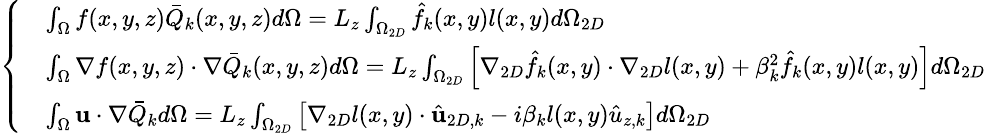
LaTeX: \small\left\{ \begin{array}{rl}&{\int_{\Omega}f(x,y,z)\bar{Q}_{k}(x,y,z)d\Omega=L_{z}\int_{\Omega_{2D}}\hat{f}_{k}(x,y)l(x,y)d\Omega_{2D}}\\ &{\int_{\Omega}\nabla f(x,y,z)\cdot\nabla\bar{Q}_{k}(x,y,z)d\Omega=L_{z}\int_{\Omega_{2D}}\left[\nabla_{2D}\hat{f}_{k}(x,y)\cdot\nabla_{2D}l(x,y)+\beta_{k}^{2}\hat{f}_{k}(x,y)l(x,y)\right]d\Omega_{2D}}\\ &{\int_{\Omega}\textbf{u}\cdot\nabla\bar{Q}_{k}d\Omega=L_{z}\int_{\Omega_{2D}}\left[\nabla_{2D}l(x,y)\cdot\hat{\textbf{u}}_{2D,k}-i\beta_{k}l(x,y)\hat{u}_{z,k}\right]d\Omega_{2D}}\end{array}\right.